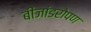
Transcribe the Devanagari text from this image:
बीजांडरोपण